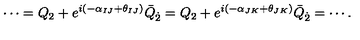
\cdots = Q _ { 2 } + e ^ { i ( - \alpha _ { I J } + \theta _ { I J } ) } \bar { Q } _ { \dot { 2 } } = Q _ { 2 } + e ^ { i ( - \alpha _ { J K } + \theta _ { J K } ) } \bar { Q } _ { \dot { 2 } } = \cdots .